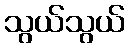
သွယ်သွယ်